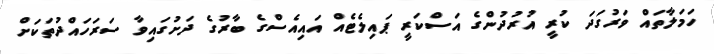
ހަމަލާތައް ވަރުގަދަ ކުރީ އުރުދުންގެ އަސްކަރީ ޕައިލެޓެއް އައިއެސްގެ ބާރުގެ ދަށުގައިވާ ސަރަހައްދުތަކަށް